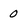
Character: 0